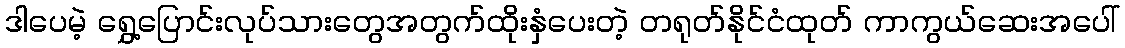
ဒါပေမဲ့ ရွှေ့ပြောင်းလုပ်သားတွေအတွက်ထိုးနှံပေးတဲ့ တရုတ်နိုင်ငံထုတ် ကာကွယ်ဆေးအပေါ်